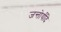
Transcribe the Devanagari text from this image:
जन्तोर्यदि